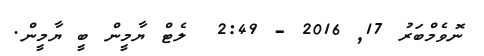
ނޮވެމްބަރު 17